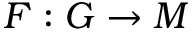
F : G \to M